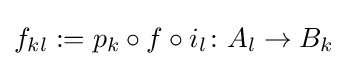
f_{kl}:=p_{k}\circ f\circ i_{l}\colon A_{l}\to B_{k}